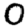
Digit: 0